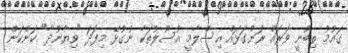
ގައުމު ތިބުނީ ވަރައް ރަންގަޅައް އިސްލާމީ އުސޫލުތަކާ ނުގުޅޭ މިފަދަ "ވިޔާނުދާ" ކަންކަން